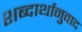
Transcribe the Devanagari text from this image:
शब्दार्थानुवाद